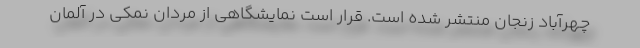
چهرآباد زنجان منتشر شده است. قرار است نمایشگاهی از مردان نمکی در آلمان